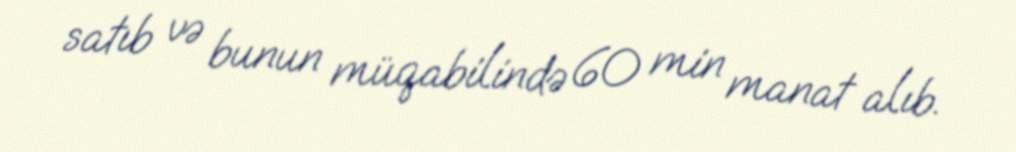
satıb və bunun müqabilində 60 min manat alıb.